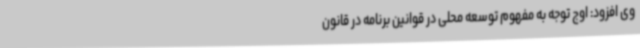
وی افزود: اوج توجه به مفهوم توسعه محلی در قوانین برنامه در قانون